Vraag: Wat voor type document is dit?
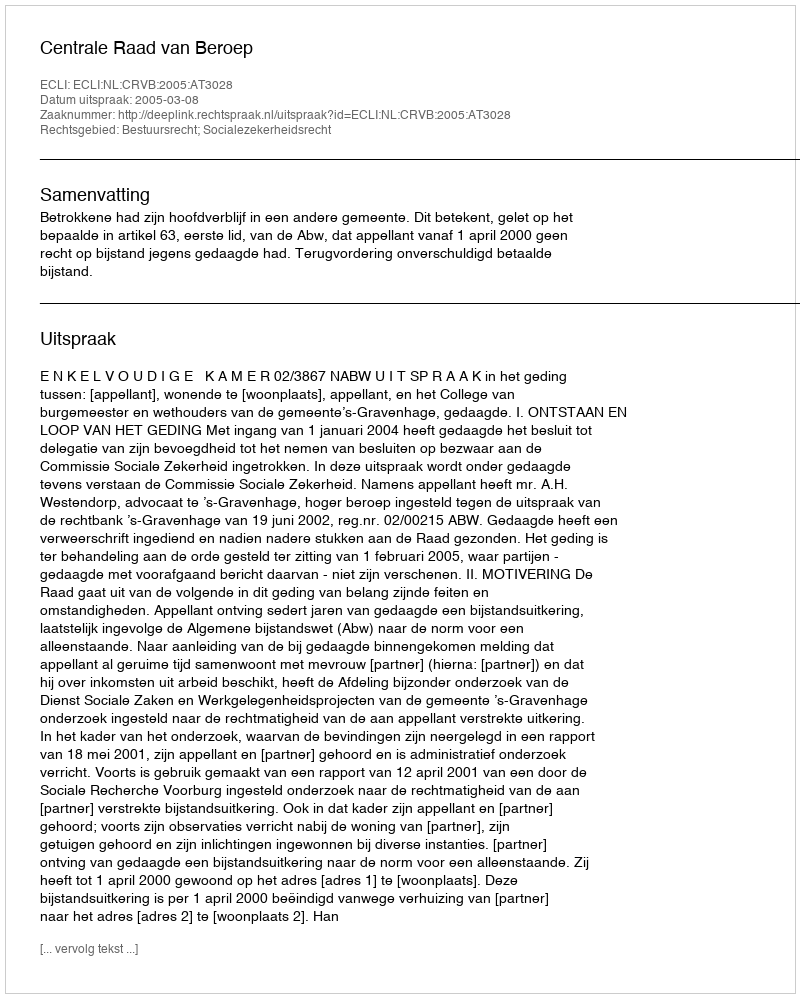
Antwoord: Uitspraak